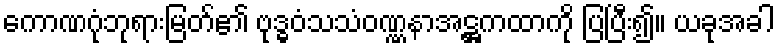
ကောဏဂုံဘုရားမြတ်၏ ဗုဒ္ဓဝံသသံဝဏ္ဏနာအဋ္ဌကထာကို ပြပြီး၍။ ယခုအခါ